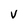
Character: V